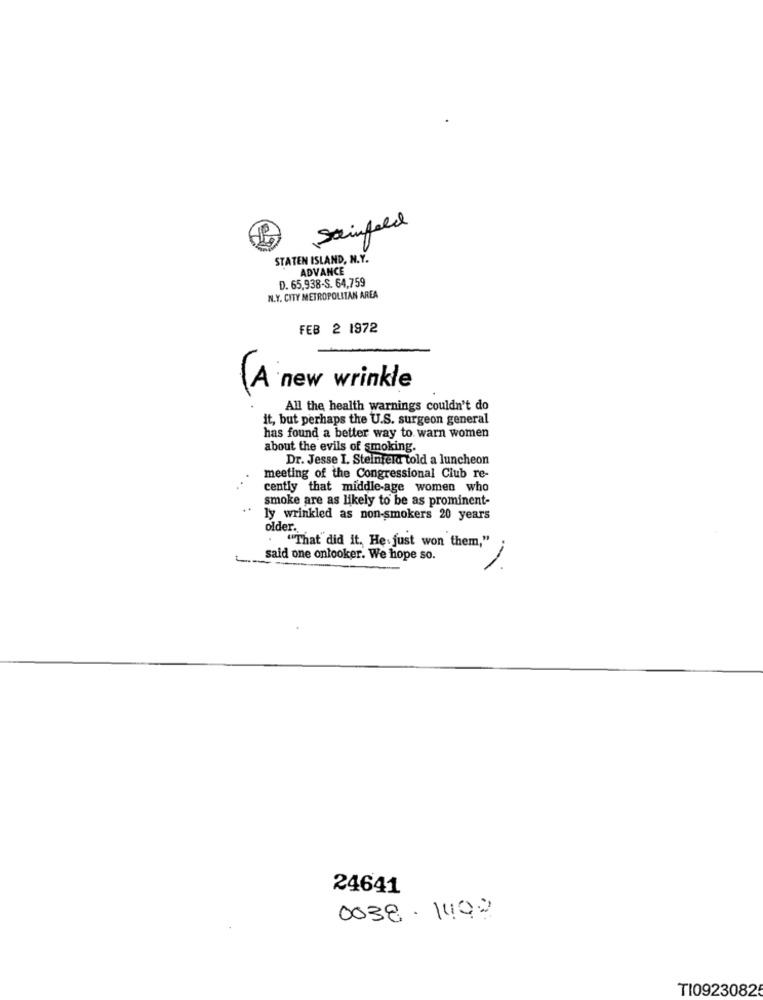
Seinfeld
STATEN ISLAND, N.Y.
ADVANCE
D. 65,938-S. 64,759
N.Y. CITY METROPOLITAN AREA
FEB 2 1972
new wrinkle
(A
All the health warnings couldn't do
it, but perhaps the U.S. surgeon general
has found a better way to warn women
about the evils of smoking.
Dr. Jesse I. Steinfeld told a luncheon
meeting of the Congressional Club re-
cently that middle-age women who
smoke are as likely to be as prominent-
ly wrinkled as non-smokers 20 years
older.
"That did it. He. just won them,"
said one onlooker. We hope so.
-
24641
0038.1192
TI0923082